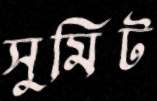
সুমিট